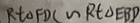
R t \Delta F D C \sim R t \Delta E B D